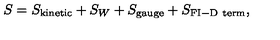
S = S _ { \mathrm { k i n e t i c } } + S _ { W } + S _ { \mathrm { g a u g e } } + S _ { \mathrm { F I - D \ t e r m } } ,